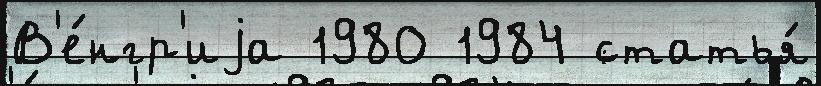
В'е́нгр'иjа 1980 1984 статья́